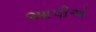
આપીએ